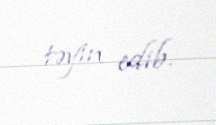
təyin edib.